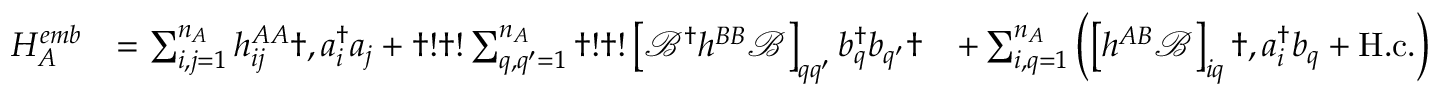
\begin{array} { r l r } { H _ { A } ^ { e m b } } & { = \sum _ { i , j = 1 } ^ { n _ { A } } h _ { i j } ^ { A A } \dag , a _ { i } ^ { \dagger } a _ { j } + \dag ! \dag ! \sum _ { q , q ^ { \prime } = 1 } ^ { n _ { A } } \dag ! \dag ! \left[ \mathcal { B } ^ { \dagger } h ^ { B B } \mathcal { B } \right] _ { q q ^ { \prime } } b _ { q } ^ { \dagger } b _ { q ^ { \prime } } \dag } & { + \sum _ { i , q = 1 } ^ { n _ { A } } \left( \left[ h ^ { A B } \mathcal { B } \right] _ { i q } \dag , a _ { i } ^ { \dagger } b _ { q } + \mathrm { H . c . } \right) } \end{array}